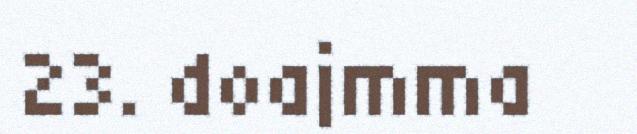
23. doajmma